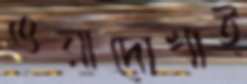
ওয়াদোখাই